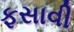
ફસાવી